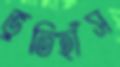
ভুতিহাঁস